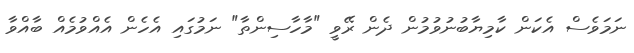
ނަމަވެސް އެކަން ކާމިޔާބުނުވުމުން ދެން ރޭވީ "މާހާސިންތާ" ނަމުގައި އެހެން އެއްވުމެއް ބާއްވާ